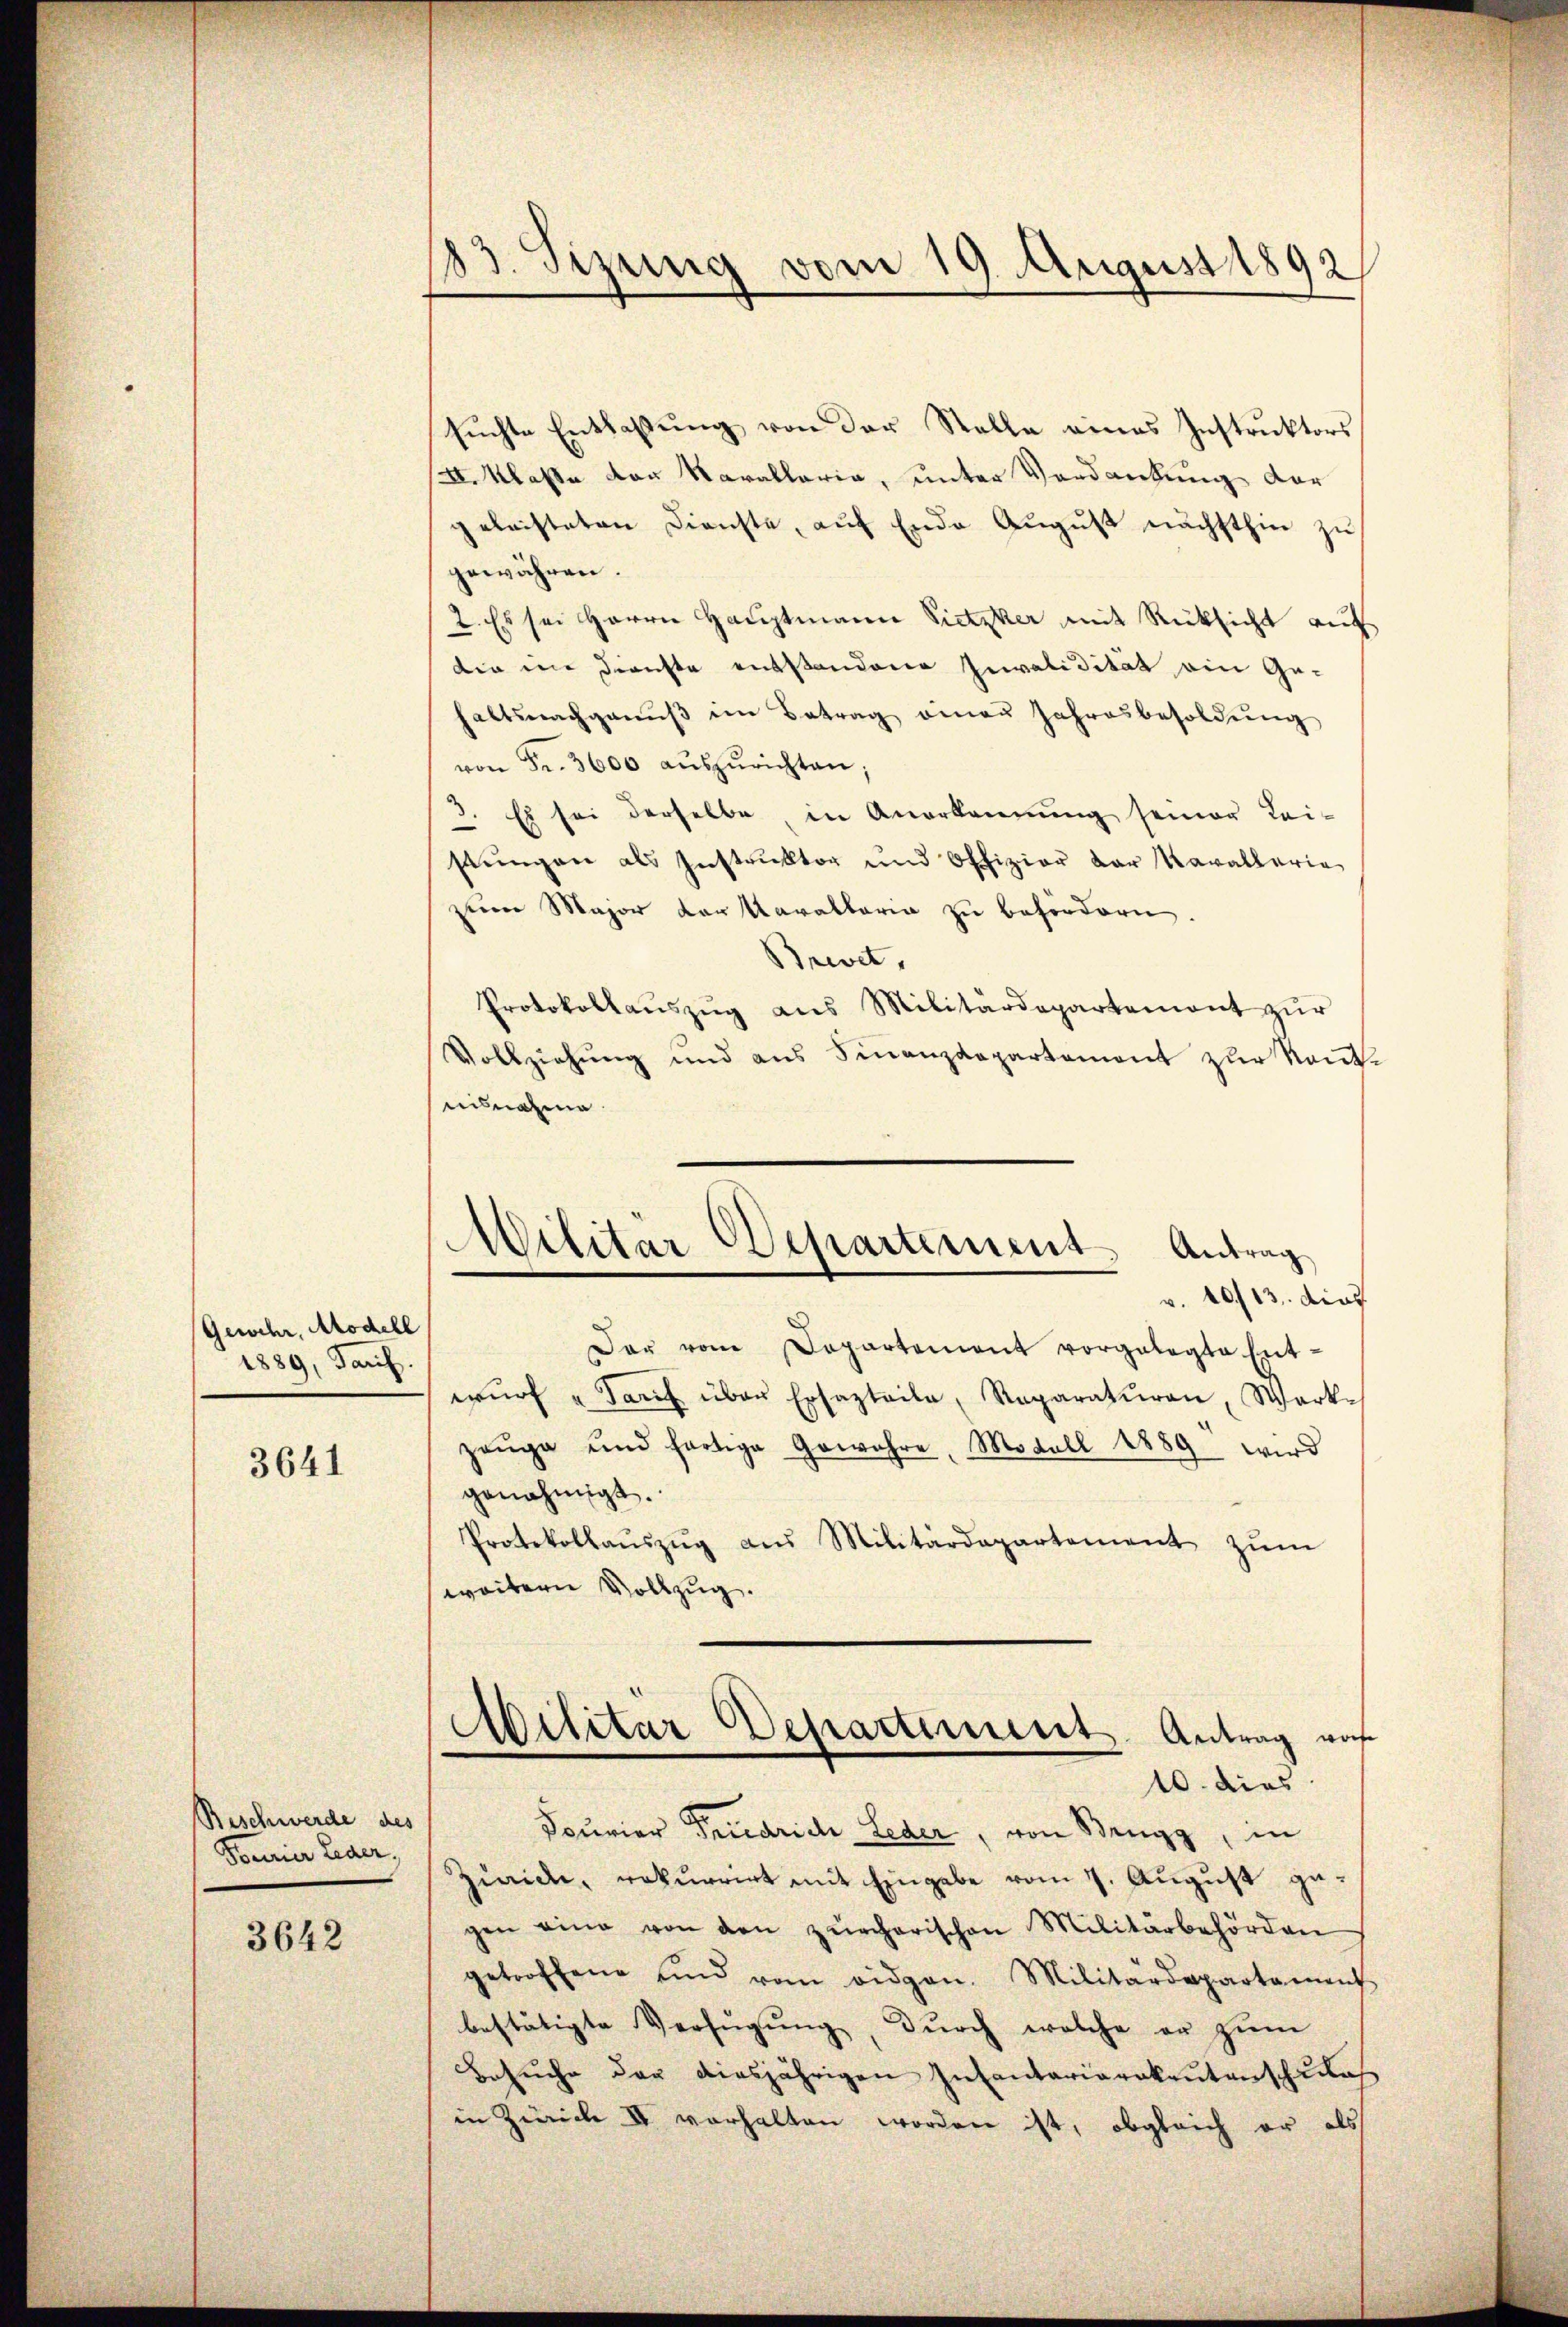
Gewehr, Modell
1889, Tauf.

3641

Beschwerde des
Fourier Leder.

3642

83. Sizung vom 19. August 1892

suchte Entlaßung von der Stelle eines Instruktors
. Klasse von Kavallaria, unter Verdankung der
geleisteten Dienste, aŭf Ende August nächsthin zu
gewähren.
2. Es sei Herrn Hauptmann Pietiker mit Rücksicht auf
die eine Dienste entstandene Invalidität ein Ge-
haltsnachganŭβ im Betrag einen Jahresbesoldŭng
von Fr. 3600 aŭszŭrichten;
3. Es sei derselbe, in Anerkennung seiner Lei-
stŭngen als Instrŭktor und Offizier der Kavallerie
zum Major der karaltaria zu befördern
Brevet,
Protokollaŭszŭg ans Militärdepartement zŭr
Vollziehŭng und aus Sinanzdepartement zŭr Kant.
eilnahme
Der vom Departement vorgelegte Ent-
wŭrf "Tarif über Ersazteile, Reparaturen, Wark-
zeuge und fortige Gewahre, Modell 1889 wird
genehmigt.
Protokollaŭszŭg aŭs Militärdepartement zŭm
weitern Vollzug.
Militär Departement Antrag woh
10. dies
Scurier Friedrich Leder, von Brugg, in
Zürich, rekurrirt mit Eingabe vom 7. August gegen eine von den zürcherischen Militärbehörden
getroffene sind vom eidgen. Militärdepartament
bestätigte Verfügŭng, durch welche er zum
Besŭche der diesjährigen Inventariarakautenschulas
in Zürich II vorhalten worden ist, obgleich er als

Militar Departement. Antrag
v. 10/13. dies